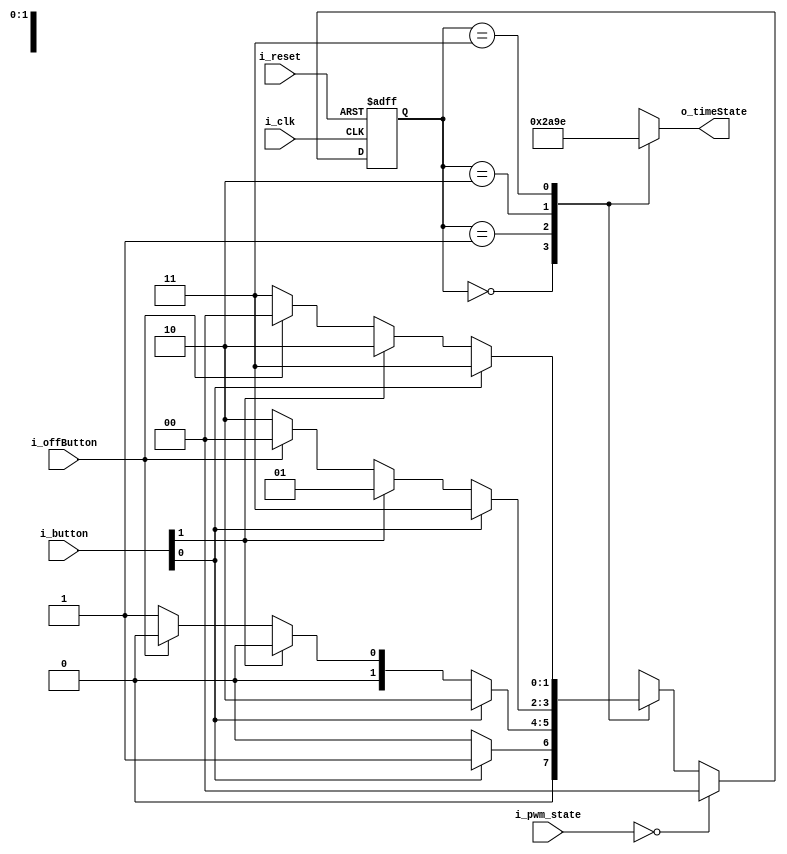
module FSM_Time(
    input i_clk, i_reset,
    input [1:0] i_button,
    input i_offButton,
    input [2:0] i_pwm_state,
    output [4:0] o_timeState
    );

    parameter TRUE = 1'b1, FALSE = 1'b0;
    parameter TIME0 = 2'b00, TIME1 = 2'b01, TIME2 = 2'b10, TIME3 = 2'b11;
    reg [1:0] curState= TIME0, nextState;
    reg [4:0] r_timeState = 5'd0, time_curState, time_prevState = 0;
    assign o_timeState = r_timeState;

    always @(posedge i_clk or posedge i_reset) begin
        if(i_reset) begin
            curState <= TIME0;
        end
        else begin
            if(i_pwm_state == 0) begin
                curState <= TIME0;
            end
            else curState <= nextState;
        end
    end

    always @(curState or i_clk or i_button or i_offButton) begin
        case (curState)
            TIME0 :
            if(i_button[0] == TRUE) begin
                nextState <= TIME1;
            end
            else if(i_offButton == TRUE) begin
                nextState <= TIME0;
            end
            else nextState <= TIME0;

            TIME1 :
            if(i_button[0] == TRUE) begin
                nextState <= TIME2;
            end
            else if(i_button[1] == TRUE) begin
                nextState <= TIME0;
            end
            else if(i_offButton == TRUE) begin
                nextState <= TIME0;
            end
            else nextState <= TIME1;

            TIME2 :
            if(i_button[0] == TRUE) begin
                nextState <= TIME3;
            end
            else if(i_button[1] == TRUE) begin
                nextState <= TIME1;
            end
            else if(i_offButton == TRUE) begin
                nextState <= TIME0;
            end
            else nextState <= TIME2;

            TIME3 :
            if(i_button[0] == TRUE) begin
                nextState <= TIME3;
            end
            else if(i_button[1] == TRUE) begin
                nextState <= TIME2;
            end
            else if(i_offButton == TRUE) begin
                nextState <= TIME0;
            end
            else nextState <= TIME3;
            
            default: nextState <= TIME0;
        endcase
    end

    always @(curState) begin
        case(curState)
        TIME0 : r_timeState <= 5'd0;
        TIME1 : r_timeState <= 5'd10;
        TIME2 : r_timeState <= 5'd20;
        TIME3 : r_timeState <= 5'd30;
        endcase
    end
endmodule